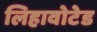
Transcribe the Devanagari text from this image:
लिहावोटेड